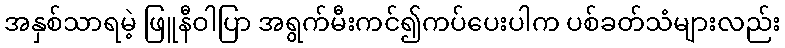
အနှစ်သာရမဲ့ ဖြူနီဝါပြာ အရွက်မီးကင်၍ကပ်ပေးပါက ပစ်ခတ်သံများလည်း